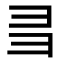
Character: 𢑑